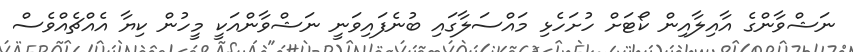
ނަޝްވާންގެ އާއިލާއިން ކޯޓަށް ހުށަހެޅި މައްސަލާގައި ބުނެފައިވަނީ ނަޝްވާންއަކީ މީހުން ކިޔާ އެއްޗެއްވެސް